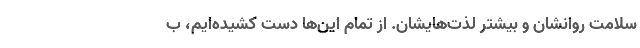
سلامت روانشان و بیشتر لذت‌هایشان. از تمام این‌ها دست کشیده‌ایم، ب